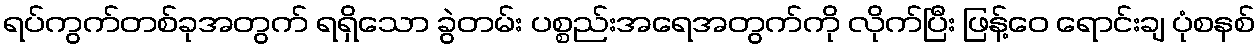
ရပ်ကွက်တစ်ခုအတွက် ရရှိသော ခွဲတမ်း ပစ္စည်းအရေအတွက်ကို လိုက်ပြီး ဖြန့်ဝေ ရောင်းချ ပုံစနစ်